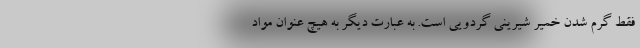
فقط گرم شدن خمیر شیرینی گردویی است. به عبارت دیگر به هیچ عنوان مواد